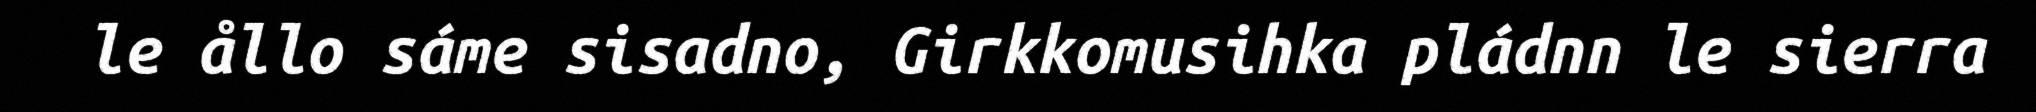
le ållo sáme sisadno, Girkkomusihka pládnn le sierra